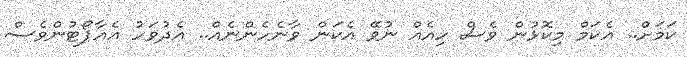
ކަމަށް.. އެކަމް މިކޮޅުން ވެސް ހިއެއް ނުވޭ އެކަން ވާނެހެންނެއް.. އެދުވަހު އެއާޕޯޓުންވެސް